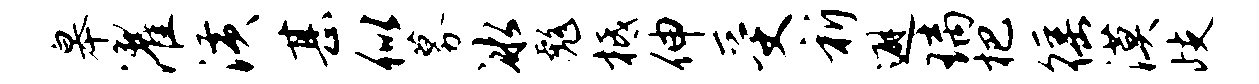
皋濯潢甚似募冰彪柢伸受祈避璃杷徭漠歧